Burma Government Medical School reports 1923-41
Year: 1923
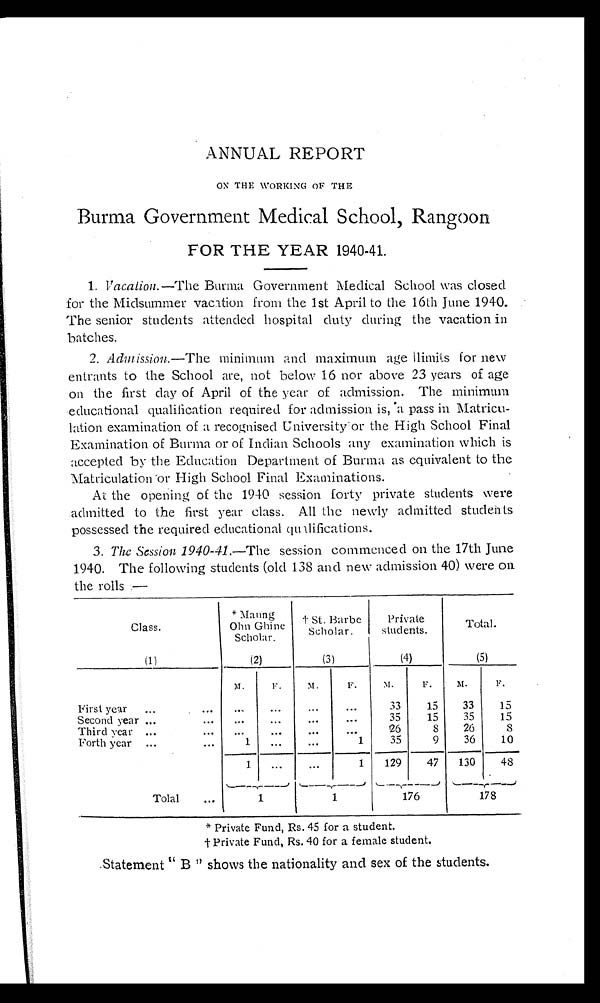
ANNUAL REPORT
ON THE WORKING OF THE
Burma Government Medical School, Rangoon
FOR THE YEAR 1940-41.
1. Vacation.—The Burma Government Medical School was closed
for the Midsummer vacation from the 1st April to the 16th June 1940.
The senior students attended hospital duty during the vacation in
batches.
2. Admission.—The minimum and maximum age limits for new
entrants to the School are, not below 16 nor above 23 years of age
on the first day of April of the year of admission. The minimum
educational qualification required for admission is, a pass in Matricu
- l a t i o n e x a m i n a t i o n o f a r e c o g n i s e d U n i v e r s i t y o r t h e H i g h S c h o o l F i n a l
Examination of Burma or of Indian Schools any examination which is
accepted by the Education Department of Burma as equivalent to the
Matriculation or High School Final Examinations.
At the opening of the 1940 session forty private students were
admitted to the first year class. All the newly admitted students
possessed the required educational qualifications.
3. The Session 1940-41.— The session commenced on the 17th June
1940. The following students (old 138 and new admission 40) were on
the rolls —
Class.
(1)
*Maung
Ohn Ghine
Scholar.
(2)
† St. Barbe
Scholar.
(3)
Private
students.
(4)
Total.
(5)
M.
F . M.
F .
M.
F.
M.
F.
First year . . .
. . . . . .
. . .
. . .
33
15
33
15
Second year . . .
. . .
. . .
. . .
. . .
35
15
35
15
Third year . . .
. . .
. . .
. . .
. . .
26
8
26
8
Fort h year . . .
1
. . .
. . .
1
35
9
36
10
1
. . .
. . .
1
129
47
130
48
Tolal . . .
1
1
1 7 6
178
* Private Fund, Rs. 45 for a student.
† P r i v a t e F u n d , R s . 4 0 f o r a f e m a l e s t u d e n t .
Statement "B" shows the nationality and sex of the students.